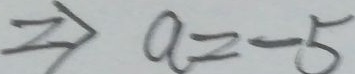
\Rightarrow a = - 5